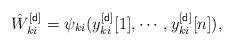
LaTeX: \begin{align*}\hat{W}^{[{\sf d}]}_{ki}=\psi_{ki}(y_{ki}^{[{\sf d}]}[1],\cdots,y_{ki}^{[{\sf d}]}[n]),\end{align*}